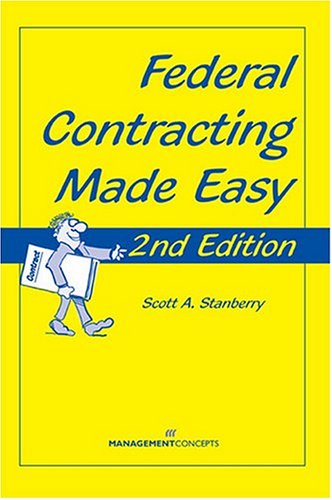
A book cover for Federal Contracting Made Easy, Second Edition; Scott Stanberry; Law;